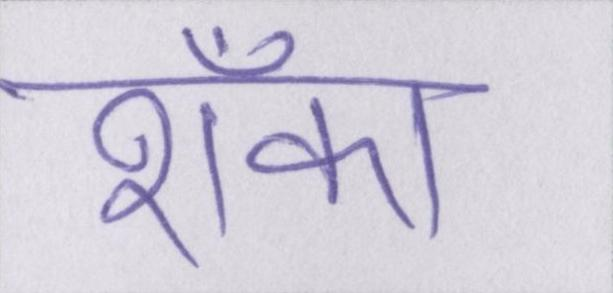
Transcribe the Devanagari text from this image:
शँका